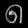
Digit: ၈